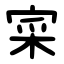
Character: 寀